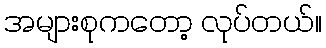
အများစုကတော့ လုပ်တယ်။